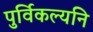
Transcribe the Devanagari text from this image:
पुर्विकल्यनि